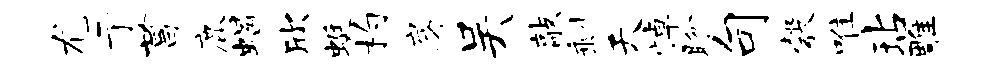
尤亍菖鹿蝎欣蜓杓房吴敲剩天悼盼句彀唯玷雕